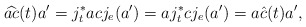
\begin{align*}\widehat{ac}(t)a'=j_t^*acj_e(a')=aj_t^*cj_e(a')=a\hat{c}(t)a',\end{align*}